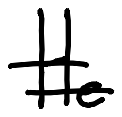
Text: He
Cross-out: double-line
Writing tool: digital_black